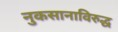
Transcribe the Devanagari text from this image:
नुकसानाविरुद्ध